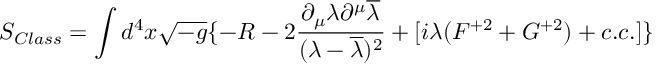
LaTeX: S _ { C l a s s } = \int d ^ { 4 } x \sqrt { - g } \{ - R - 2 \frac { \partial _ { \mu } \lambda \partial ^ { \mu } \overline { { { \lambda } } } } { ( \lambda - \overline { { { \lambda } } } ) ^ { 2 } } + [ i \lambda ( F ^ { + 2 } + G ^ { + 2 } ) + c . c . ] \}